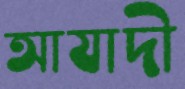
আযাদী